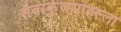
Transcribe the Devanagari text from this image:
सेवाकुंजमोहल्ला